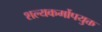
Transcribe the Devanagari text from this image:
शल्यकर्मोपयुक्त